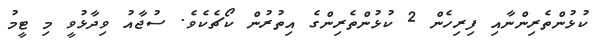
ކުޅުންތެރިންނާއި ފިރިހެން 2 ކުޅުންތެރިންގެ އިތުރުން ކޯޗެކެވެ. ސުޖާއު ވިދާޅުވީ މި ޓީމު